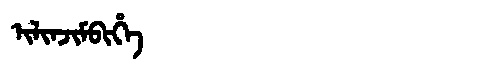
Manchu: ᡳᠯᡳᠨᠵᡳᠮᠪᡳᡥᡝ
Romanization: ILINJIMBIHE